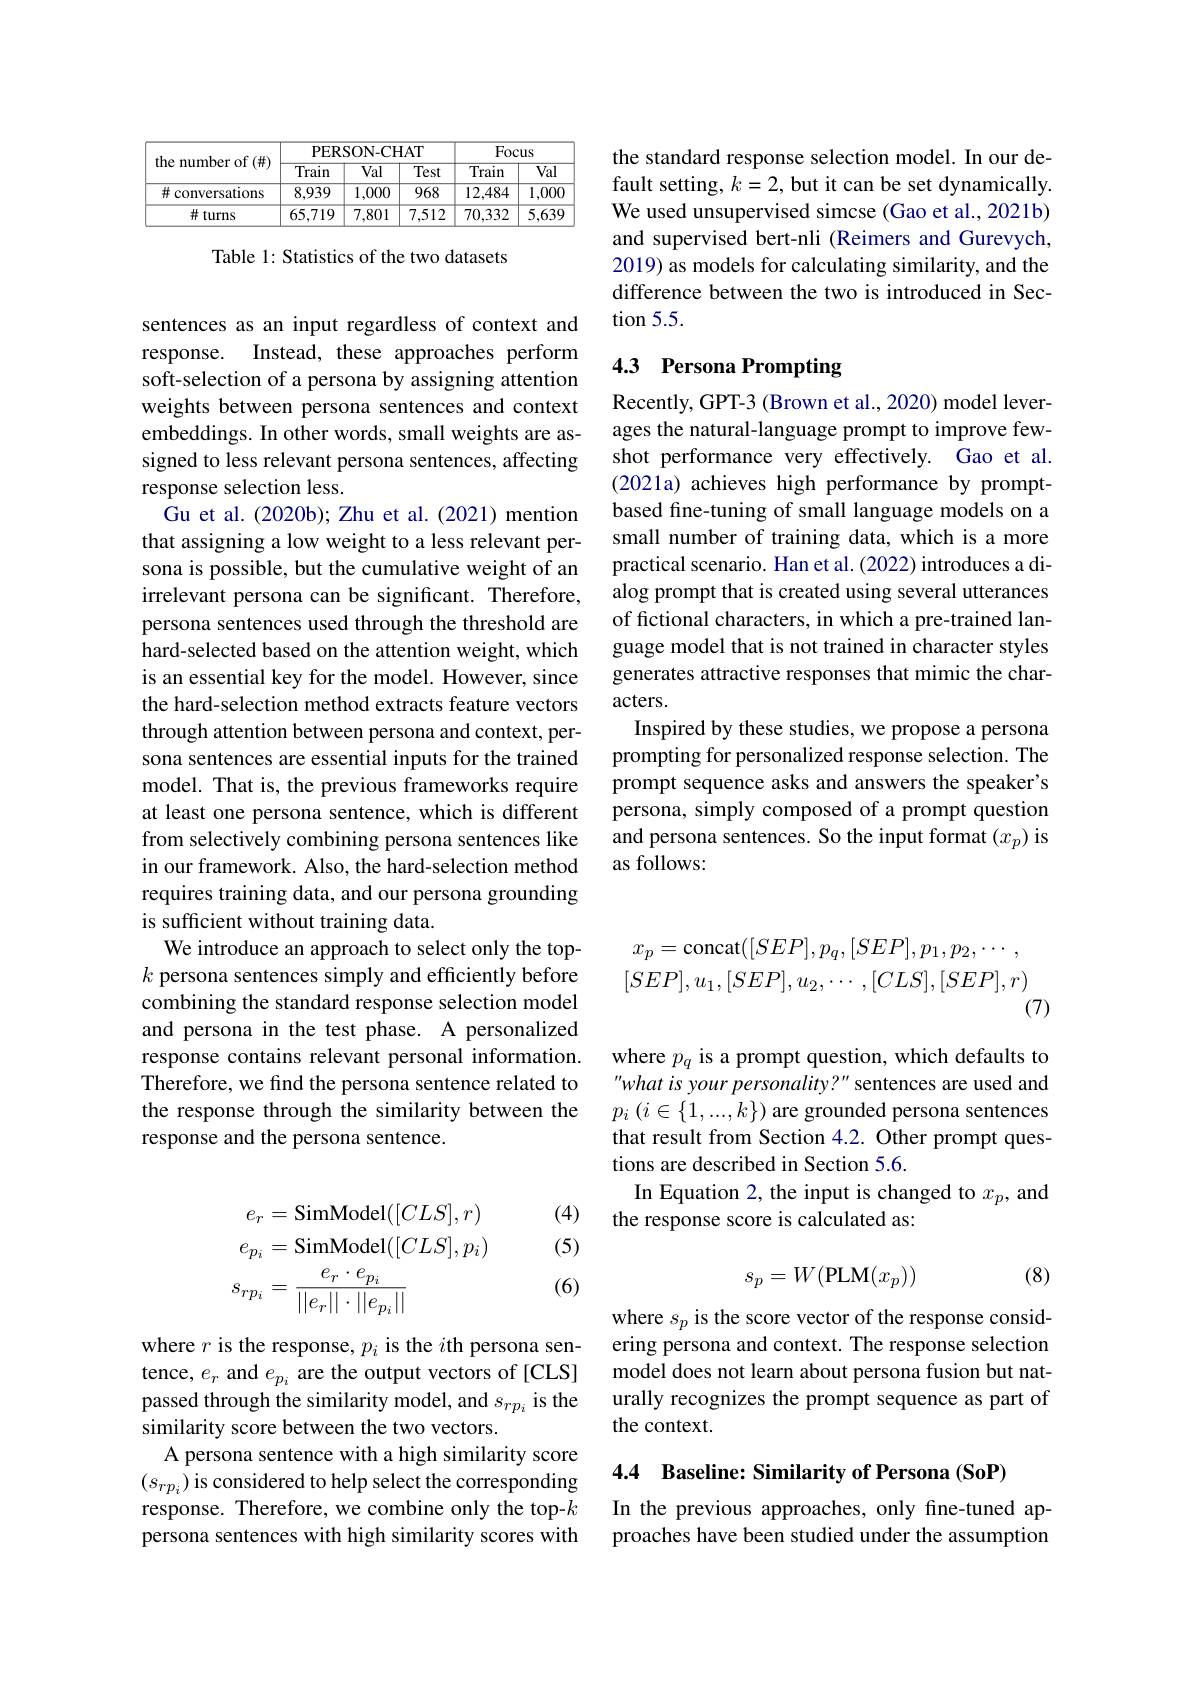
<table>
	<tbody>
		<tr>
			<th rowspan="2">the number of (#)</th>
			<th colspan="3">PERSON-CHAT</th>
			<th colspan="2">Focus</th>
		</tr>
		<tr>
			<th>Train</th>
			<th>Val</th>
			<th>$\overline{\text{Test}}$</th>
			<th>Train</th>
			<th>Val</th>
		</tr>
		<tr>
			<td># conversations</td>
			<td>8,939</td>
			<td>1,000</td>
			<td>968</td>
			<td>12,484</td>
			<td>1,000</td>
		</tr>
		<tr>
			<td># turns</td>
			<td>65,719</td>
			<td>7,801</td>
			<td>7,512</td>
			<td>70,332</td>
			<td>$\overline{5,639}$</td>
		</tr>
	</tbody>
</table>

Table 1: Statistics of the two datasets

sentences as an input regardless of context and response. Instead, these approaches perform soft-selection of a persona by assigning attention weights between persona sentences and context embeddings. In other words, small weights are assigned to less relevant persona sentences, affecting response selection less.
Gu et al. (2020b); Zhu et al. (2021) mention that assigning a low weight to a less relevant persona is possible, but the cumulative weight of an irrelevant persona can be significant. Therefore, persona sentences used through the threshold are hard-selected based on the attention weight, which is an essential key for the model. However, since the hard-selection method extracts feature vectors through attention between persona and context, persona sentences are essential inputs for the trained model. That is, the previous frameworks require at least one persona sentence, which is different from selectively combining persona sentences like in our framework. Also, the hard-selection method requires training data, and our persona grounding is sufficient without training data.
We introduce an approach to select only the top- $k$ persona sentences simply and efficiently before combining the standard response selection model and persona in the test phase. A personalized response contains relevant personal information. Therefore, we find the persona sentence related to the response through the similarity between the response and the persona sentence.

(4)

(5)
$$\begin{aligned}e_{r}&=\mathrm{SimModel}([CLS],r)\\e_{p_{i}}&=\mathrm{SimModel}([CLS],p_{i})\\s_{rp_{i}}&=\frac{e_{r}\cdot e_{p_{i}}}{||e_{r}||\cdot||e_{p_{i}}||}\end{aligned}$$
(6)

tence, $e_r$ and $e_p_i$ are the output vectors of [CLS] passed through the similarity model, and $s_{rp_i}$ is the similarity score between the two vectors.
A persona sentence with a high similarity score $(s_{rp_i})$ is considered to help select the corresponding response. Therefore, we combine only the top-$k$ persona sentences with high similarity scores with

the standard response selection model. In our default setting, $k=2$, but it can be set dynamically. We used unsupervised simcse (Gao et al., 2021b) and supervised bert-nli (Reimers and Gurevych, 2019) as models for calculating similarity, and the difference between the two is introduced in Section 5.5.

## 4.3 Persona Prompting

Recently, GPT-3 (Brown et al., 2020) model leverages the natural-language prompt to improve fewshot performance very effectively. Gao et al. (2021a) achieves high performance by promptbased fine-tuning of small language models on a small number of training data, which is a more practical scenario. Han et al. (2022) introduces a dialog prompt that is created using several utterances of fictional characters, in which a pre-trained language model that is not trained in character styles generates attractive responses that mimic the characters.
Inspired by these studies, we propose a persona prompting for personalized response selection. The prompt sequence asks and answers the speaker's persona, simply composed of a prompt question and persona sentences. So the input format $(x_p)$ is as follows:
$$x_{p}=\mathrm{concat}([SEP],p_{q},[SEP],p_{1},p_{2},\cdots,\\[SEP],u_{1},[SEP],u_{2},\cdots,[CLS],[SEP],r)$$
(7)

where $p_q$ is a prompt question, which defaults to "what is your personality?" sentences are used and $p_{i}\left(i\in\{1,...,k\}\right)$are grounded persona sentences that result from Section 4.2. Other prompt questions are described in Section 5.6.
In Equation 2, the input is changed to $x_p$, and
the response score is calculated as:

(8)
$$s_p=W(\mathrm{PLM}(x_p))$$
where $s_p$ is the score vector of the response consid-
where $r$ is the response, $p_i$ is the $i$th persona sen- ering persona and context. The response selection
model does not learn about persona fusion but naturally recognizes the prompt sequence as part of the context.

4.4 Baseline: Similarity of Persona (SoP)

In the previous approaches, only fine-tuned approaches have been studied under the assumption